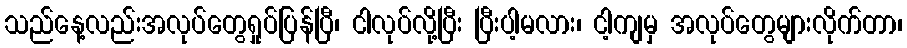
သည်နေ့လည်းအလုပ်တွေရှုပ်ပြန်ပြီ၊ ငါလုပ်လို့ပြီး ပြီးပါ့မလား၊ ငါ့ကျမှ အလုပ်တွေများလိုက်တာ၊